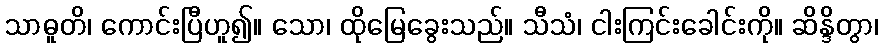
သာဓူတိ၊ ကောင်းပြီဟူ၍။ သော၊ ထိုမြေခွေးသည်။ သီသံ၊ ငါးကြင်းခေါင်းကို။ ဆိန္ဒိတွာ၊